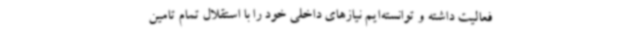
فعالیت داشته و توانسته‌ایم نیازهای داخلی خود را با استقلال تمام تامین